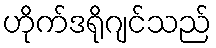
ဟိုက်ဒရိုဂျင်သည်